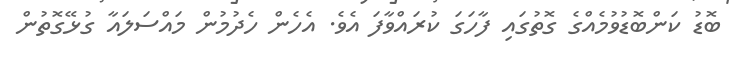
ބޮޑު ކަންބޮޑުވުމެއްގެ ގޮތުގައި ފާހަގަ ކުރައްވާފަ އެވެ. އެހެން ހެދުމުން މައްސަލައާ ގުޅޭގޮތުން